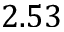
2 . 5 3